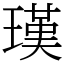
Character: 𤨢